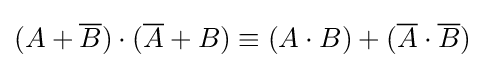
(A+{\overline {B}})\cdot ({\overline {A}}+B)\equiv (A\cdot B)+({\overline {A}}\cdot {\overline {B}})